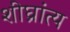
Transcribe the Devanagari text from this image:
शीघ्रांत्य